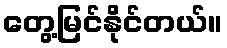
တွေ့မြင်နိုင်တယ်။